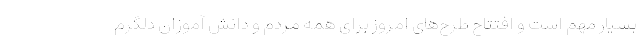
بسیار مهم است و افتتاح طرح‌های امروز برای همه مردم و دانش آموزان دلگرم